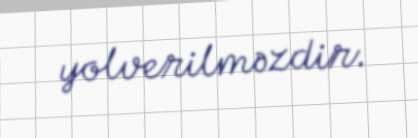
yolverilməzdir.